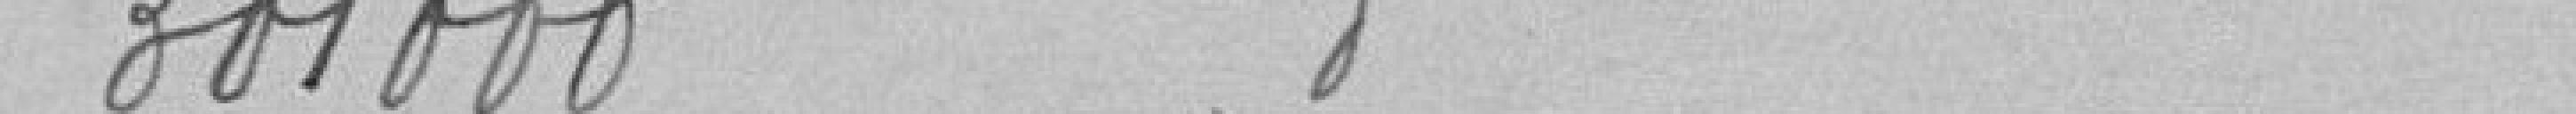
301000 Reste 1905